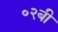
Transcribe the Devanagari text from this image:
०२बी